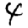
Digit: 4